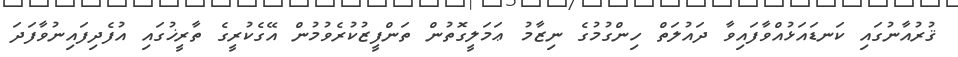
ޤުރުއާނުގައި ކަނޑައަޅުއްވާފައިވާ ދައުލަތް ހިންގުމުގެ ނިޒާމު ޢަމަލީގޮތުން ތަންފީޒުކުރެވުމުން އޭގެކުރީގެ ތާރީޚުގައި އުފެދިފައިނުވާފަދަ